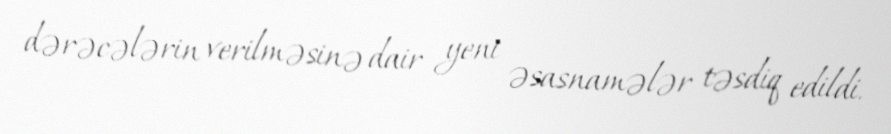
dərəcələrin verilməsinə dair yeni əsasnamələr təsdiq edildi.